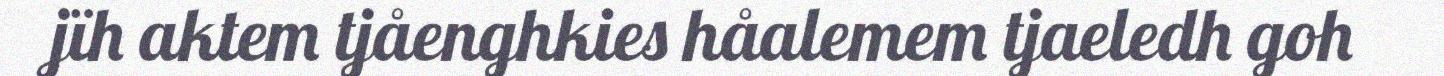
jïh aktem tjåenghkies håalemem tjaeledh goh